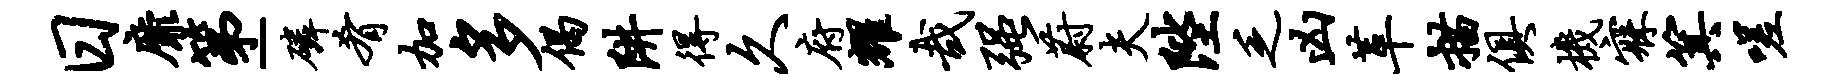
日靡第-磷肴加多偈阱得久府耀哉强蔚夫陛乏凶革描俱机寐箕嗟